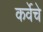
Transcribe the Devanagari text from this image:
कर्वेचे